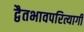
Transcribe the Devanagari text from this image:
द्वैतभावपरित्यागी